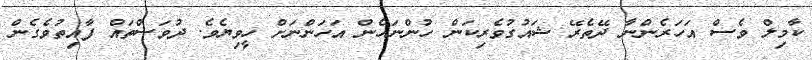
ކާމިލް ވެސް އަހަރެންނާ ދޭތެރޭ ޝައުގުވެރިކަން ހުންނަހެން އަހަންނަށް ހީވިޔެވެ. ދުވަސްތައް ފާއިތުވެގެން